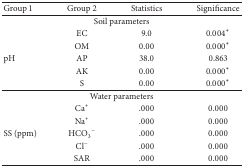
<table><thead><tr><td><b>Group 1</b></td><td><b>Group 2</b></td><td><b>Statistics</b></td><td><b>Significance</b></td></tr></thead><tbody><tr><td colspan="4">Soil parameters</td></tr><tr><td> </td><td>EC</td><td>9.0</td><td>0.004<sup><i>∗</i></sup></td></tr><tr><td> </td><td>OM</td><td>0.00</td><td>0.000<sup><i>∗</i></sup></td></tr><tr><td>pH</td><td>AP</td><td>38.0</td><td>0.863</td></tr><tr><td> </td><td>AK</td><td>0.00</td><td>0.000<sup><i>∗</i></sup></td></tr><tr><td> </td><td>S</td><td>0.00</td><td>0.000<sup><i>∗</i></sup></td></tr><tr><td colspan="4">Water parameters</td></tr><tr><td> </td><td>Ca<sup>+</sup></td><td>.000</td><td>0.000</td></tr><tr><td> </td><td>Na<sup>+</sup></td><td>.000</td><td>0.000</td></tr><tr><td>SS (ppm)</td><td>HCO<sub>3</sub><sup>−</sup></td><td>.000</td><td>0.000</td></tr><tr><td> </td><td>Cl<sup>−</sup></td><td>.000</td><td>0.000</td></tr><tr><td> </td><td>SAR</td><td>.000</td><td>0.000</td></tr></tbody></table>